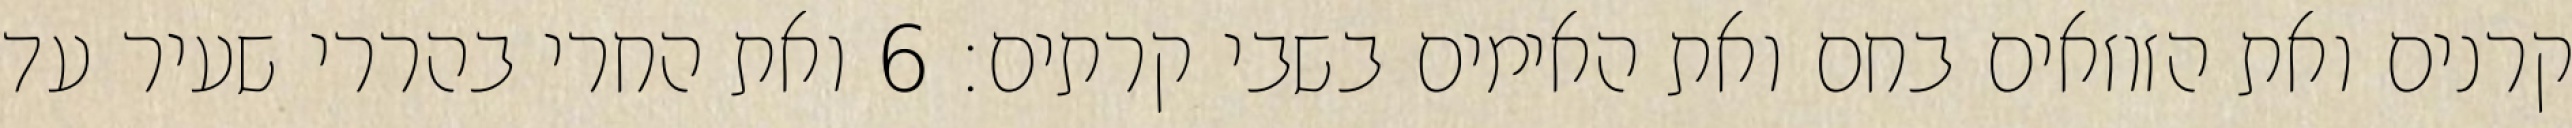
קרנים ואת הזוזאים בחם ואת האימים בשבי קרתים׃ ‎6‏ ואת החרי בהררי שעיר עד